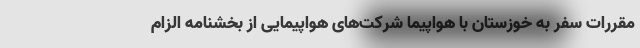
مقررات سفر به خوزستان با هواپیما شرکت‌های هواپیمایی از بخشنامه الزام